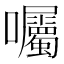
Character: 囑